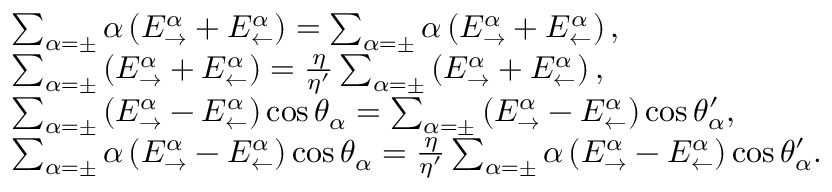
\begin{array} { r l } & { \sum _ { \alpha = \pm } \alpha \left( E _ { \rightarrow } ^ { \alpha } + E _ { \leftarrow } ^ { \alpha } \right) = \sum _ { \alpha = \pm } \alpha \left( E _ { \rightarrow } ^ { \alpha } + E _ { \leftarrow } ^ { \alpha } \right) , } \\ & { \sum _ { \alpha = \pm } \left( E _ { \rightarrow } ^ { \alpha } + E _ { \leftarrow } ^ { \alpha } \right) = \frac { \eta } { \eta ^ { \prime } } \sum _ { \alpha = \pm } \left( E _ { \rightarrow } ^ { \alpha } + E _ { \leftarrow } ^ { \alpha } \right) , } \\ & { \sum _ { \alpha = \pm } \left( E _ { \rightarrow } ^ { \alpha } - E _ { \leftarrow } ^ { \alpha } \right) \cos \theta _ { \alpha } = \sum _ { \alpha = \pm } \left( E _ { \rightarrow } ^ { \alpha } - E _ { \leftarrow } ^ { \alpha } \right) \cos \theta _ { \alpha } ^ { \prime } , } \\ & { \sum _ { \alpha = \pm } \alpha \left( E _ { \rightarrow } ^ { \alpha } - E _ { \leftarrow } ^ { \alpha } \right) \cos \theta _ { \alpha } = \frac { \eta } { \eta ^ { \prime } } \sum _ { \alpha = \pm } \alpha \left( E _ { \rightarrow } ^ { \alpha } - E _ { \leftarrow } ^ { \alpha } \right) \cos \theta _ { \alpha } ^ { \prime } . } \end{array}